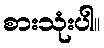
စားသုံးပါ။